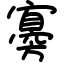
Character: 㝰